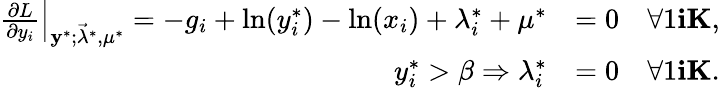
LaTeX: \begin{array}{rl}{\left.\frac{\partial L}{\partial y_{i}}\right\rvert_{\mathbf y^{*};\vec{\lambda}^{*},\mu^{*}}=-g_{i}+\ln(y_{i}^{*})-\ln(x_{i})+\lambda_{i}^{*}+\mu^{*}}&{=0\quad\forall 1\le i\le K,}\\ {y_{i}^{*}>\beta\Rightarrow\lambda_{i}^{*}}&{=0\quad\forall 1\le i\le K.}\end{array}